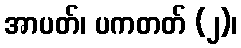
အာပတ်၊ ပကတတ် (၂)၊